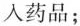
入药品；